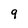
Character: 9